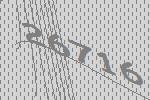
26716